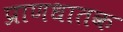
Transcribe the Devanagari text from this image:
प्राणधातक